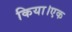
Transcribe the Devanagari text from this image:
किया।एक